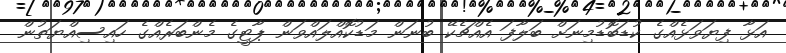
އަޅާ ފިޔަވަޅެއްގެ ކުޑަބޮޑުމިނަށް ބަލާފަ އެއްޗެކޭ ބުނަން މަޑުކޮއްލައްވަން ޕާޓީގެ މެންބަރެއްގެ ހައިސިއްޔަތުން